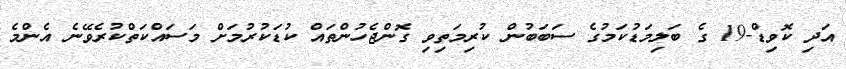
އަދި ކޮވިޑް-19 ގެ ބަލިމަޑުކަމުގެ ސަބަބުން ކުރިމަތިވި ގޮންޖެހުންތައް ކުޑަކުރުމަށް މަސައްކަތްކުރެވޭނެ އެންމެ